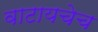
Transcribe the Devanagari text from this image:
वाटायचेच